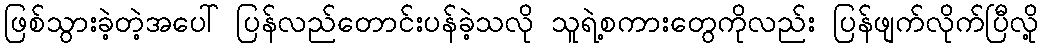
ဖြစ်သွားခဲ့တဲ့အပေါ် ပြန်လည်တောင်းပန်ခဲ့သလို သူရဲ့စကားတွေကိုလည်း ပြန်ဖျက်လိုက်ပြီလို့